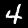
Label: 4